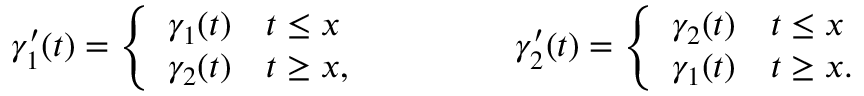
\gamma _ { 1 } ^ { \prime } ( t ) = \left\{ \begin{array} { l l } { \gamma _ { 1 } ( t ) } & { t \leq x } \\ { \gamma _ { 2 } ( t ) } & { t \geq x , } \end{array} \right. \qquad \qquad \gamma _ { 2 } ^ { \prime } ( t ) = \left\{ \begin{array} { l l } { \gamma _ { 2 } ( t ) } & { t \leq x } \\ { \gamma _ { 1 } ( t ) } & { t \geq x . } \end{array} \right.